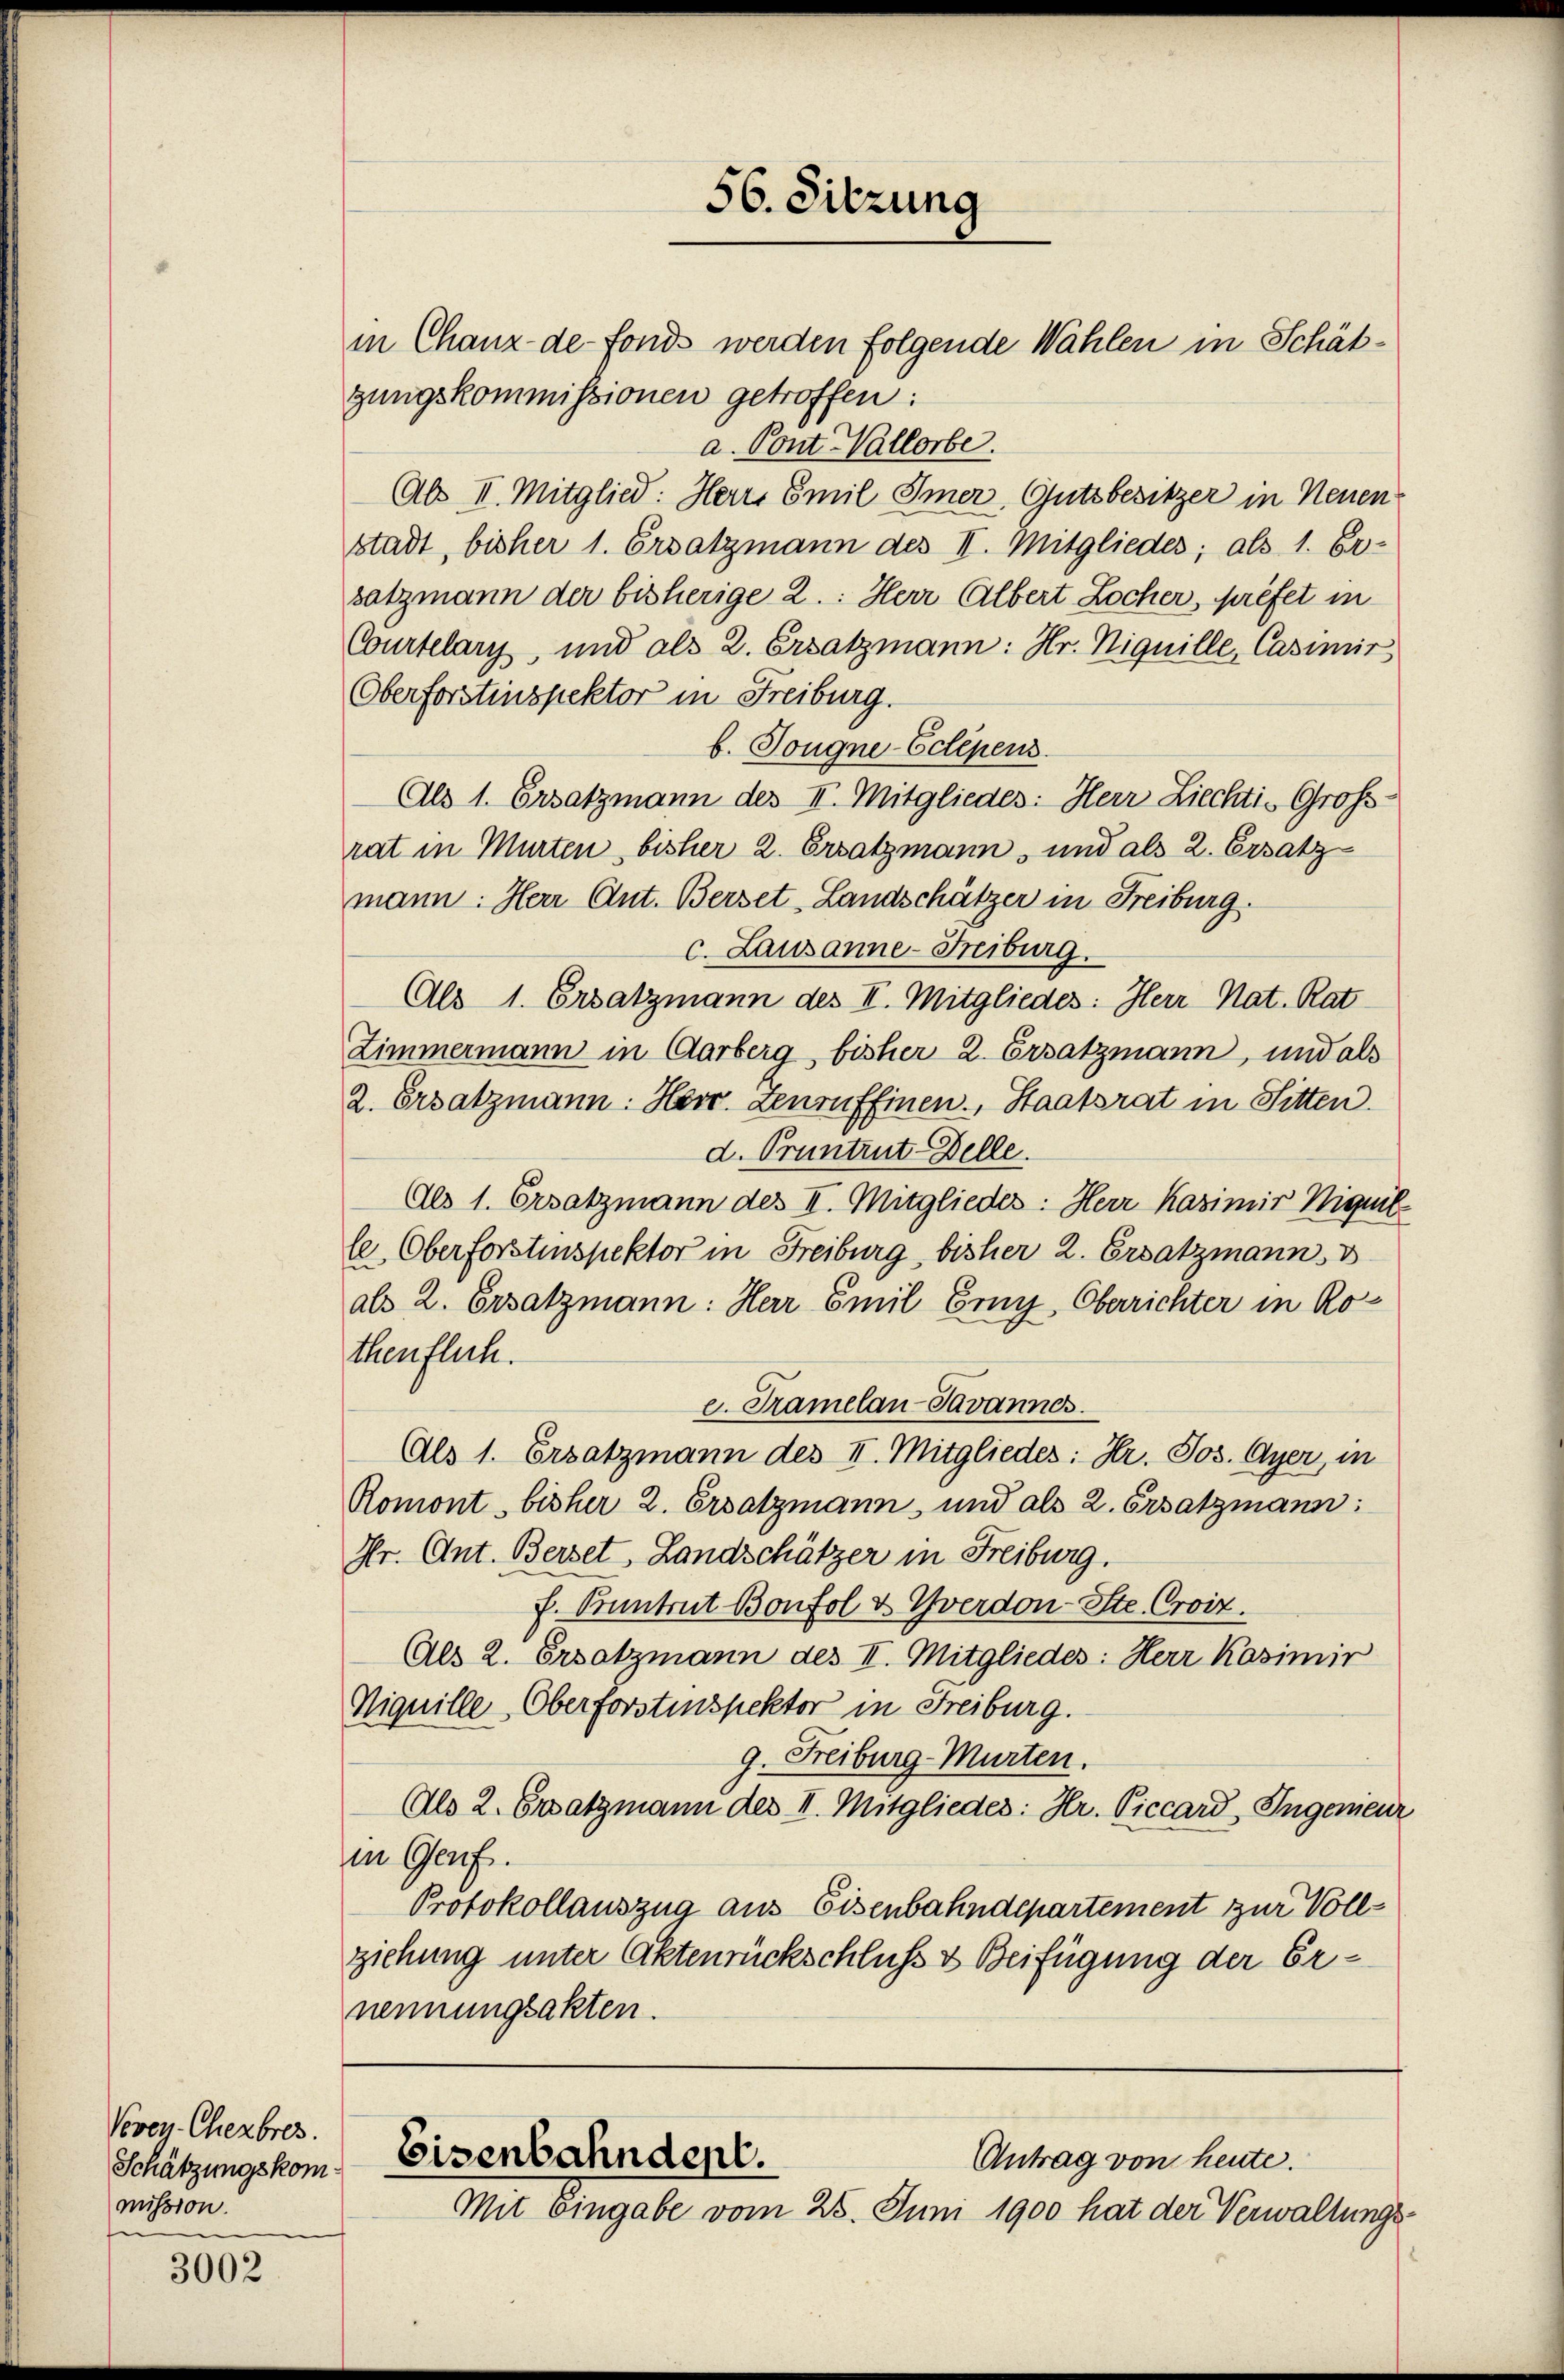
Vevey-Chezbres.
Schätzungskom
mission.

3002

56. Sitzung

in Chanz de fonds werden folgende Wahlen in Schätgungskommissionen getroffen:
a. Vont. Wallorbe
Abs II. Mitglied: Herr Emil Imer, Gutsbesitzer in Neuen
stadt, bisher 1. Ersatzmann des II. Mitgliedes; als 1. Er-
satzmann der bisherige 2.: Herr Albert Locher, préfet in
Courtelary, und als 2. Ersatzmann: Hr. Niquille, Casimir
Oberforstinspektor in Freiburg.
b. Tougne-Eclépens
Als 1. Ersatzmann des II. Mitgliedes: Herr Ziechti-Großrat in Murten, bisher 2. Ersatzmann, und als 2. Ersatz
mann: Herr Ant. Berset-Landschätzer in Freiburg.
c. Lausanne-Freiburg.
Als 1. Ersatzmann des II. Mitgliedes: Herr Nat. Rat
Zimmermann in Aarberg bisher 2. Ersatzmann, und als
2. Ersatzmann. Herr. Zenruffinen, Staatsrat in Sitten.
d. Pruntrut-Delle.
Als 1. Ersatzmann des II. Mitglieder: Herr Kasimir Nigun
le Oberforstenspektor in Freiburg, bisher 2. Ersatzmann, v
als 2. Ersatzmann: Herr Emil Erinn Oberrichter in Rothenflich.
e. Tramelan-Javannes.
Als 1. Ersatzmann des II. Mitgliedes: Hr. Jos. Gyer, in
Romont, bisher 2. Ersatzmann, und als 2. Ersatzmann:
Hr. Ant. Berset, Landschätzer in Freiburg.
f. Sonntrat Bonfol & Yverdon-Ste. Croiz.
Als 2. Ersatzmann des II. Mitgliedes: Herr Kasimir
Niquille Oberforstinspektor in Freiburg.
9. Freiburg-Murten.
(Als 2. Ersatzmann des II. Mitgliedes: Hr. Piccard, Ingemeur
in Genf.
Protokollauszug aus Eisenbahndepartement zur Vollziehung unter Aktenrückschluß & Beifügung der Ernennungsakten.

Eisenbahndent.
Antrag von heute.
Mit eingabe vom 25. Juni 1900 hat der Verwaltungs¬